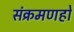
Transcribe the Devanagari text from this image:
संक्रमणहो